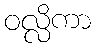
ဝလ္လိကာ